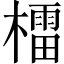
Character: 檑